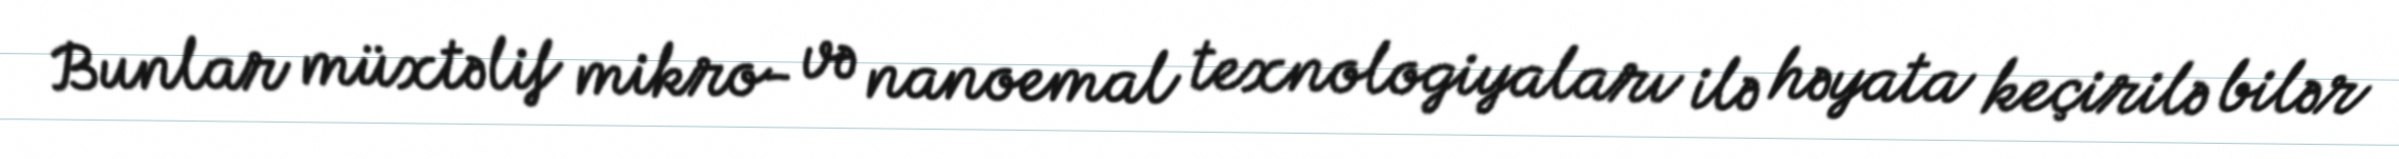
Bunlar müxtəlif mikro- və nanoemal texnologiyaları ilə həyata keçirilə bilər